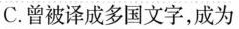
C. 曾被译成多国文字，成为